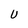
Character: U